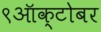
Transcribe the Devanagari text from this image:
९ऑक्टोबर